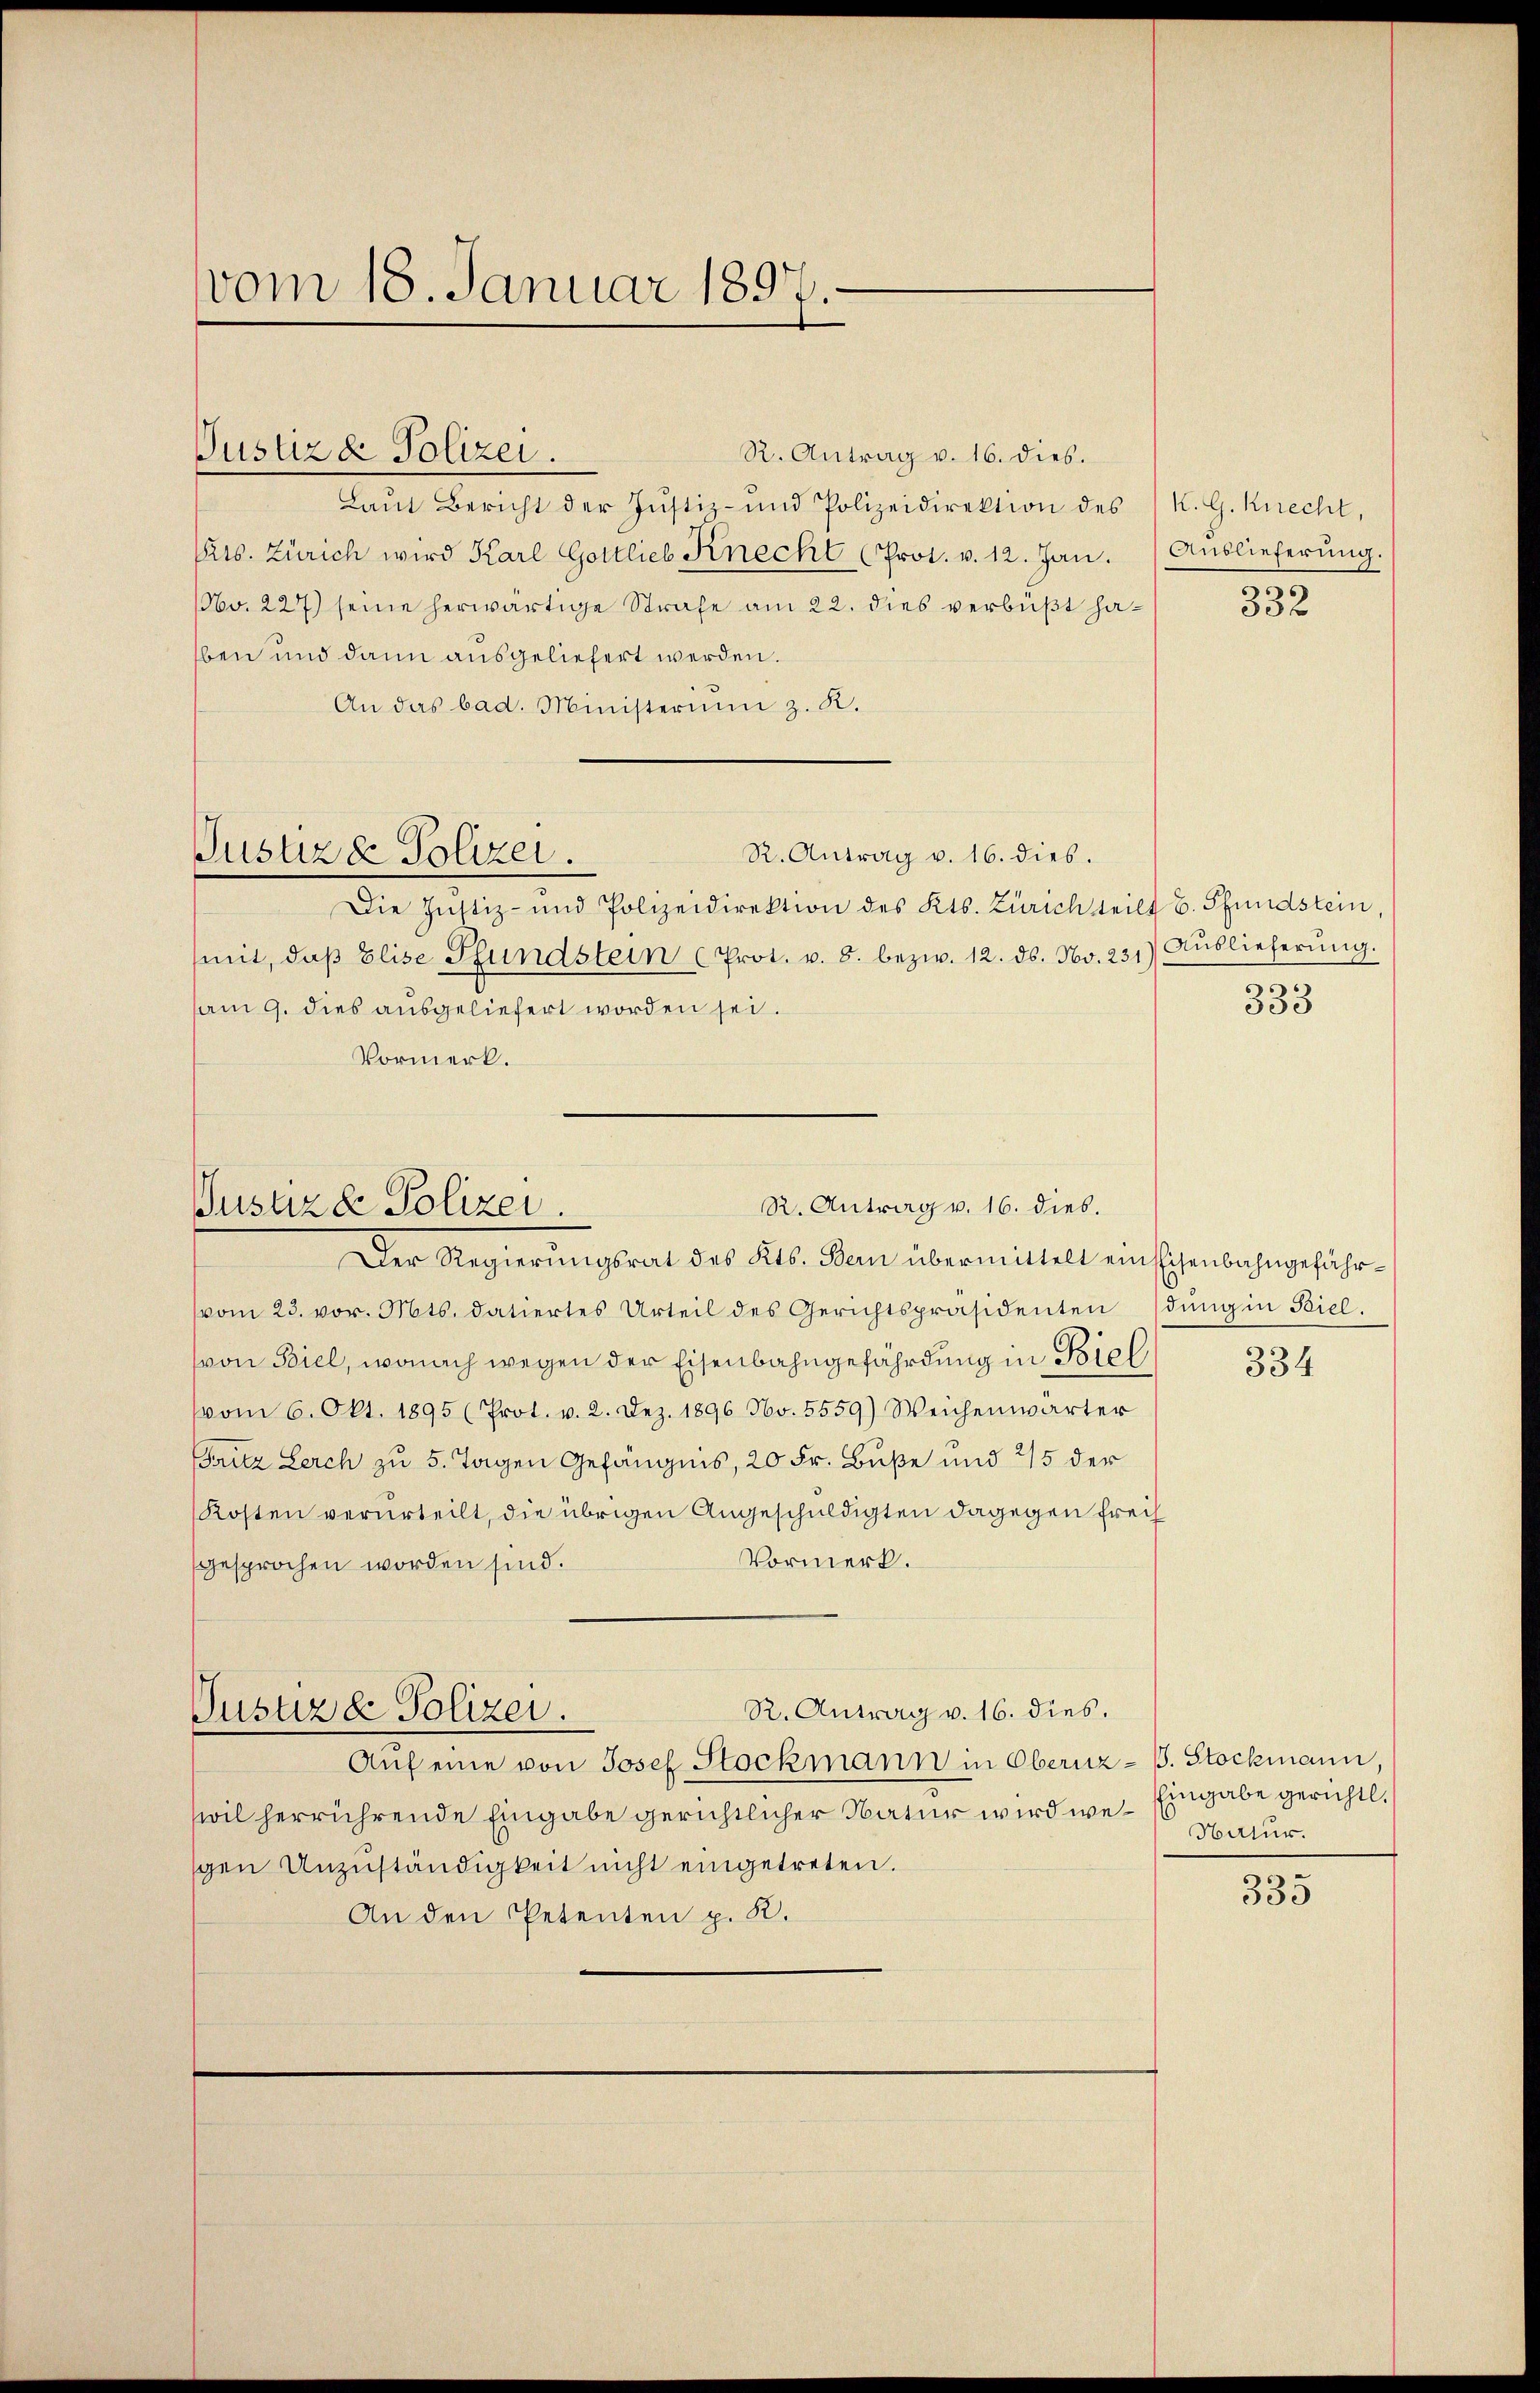
vom 18. Januar 1897.

R. Antrag v. 16. dies.
Laŭt Bericht der Justiz- und Polizeidirektion des K. G. Knecht,
Cts. Zürich wird Karl Gottlieb Knecht (Prot. v. 12. Jan. Auslieferŭng.
Nbv. 227) seine herwärtige Strafe am 22. dies verbüßt ha-
ben und dann ausgeliefert werden.
An das bad. Ministerium z. K.

Justiz & Polizei.

R. Antrag v. 16. dies.
Die Justiz- und Polizeidirektion des Kts. Zürichteilt u. Pfundstein,
mit, daβ Elise Pfundstein (Prot. v. 8. bezw. 12. ds. No. 231) Auslieferŭng.
am 9. dies ausgeliefert worden sei.
Vormerk.

Justizde Polizei.

R. Antrag v. 16. dies.
Justizd Polizei.
Der Regierungsrat des Kts. Den übermittelt ein Eisenbahngefähr¬

vom 23. vor. Mts. datiertes Urteil des Gerichtspräsidentendung in Biel.
von Biel, wonach wegen der Eisenbahngefährdung in Biel,
(vom 6. Okt. 1895 (Prot. v. 2. Dez. 1896 No. 5559) Weichenwärter
Fritz Lerch zu 5. Tagen Gefängnis, 20 Fr. Buße und 2/5 der
Kosten verurteilt, die übrigen Angeschuldigten dagegen Freih
Vormerk.
gesprochen worden sind.
R. Antrag v. 16. dies.
Justizd Polizei.
Aŭf eine von Josef Stockmann in Obernz- B. Stockmann,
wil herrührende Eingabe gerichtlicher Natur wird we-Eingabe gerichtl.
gen Unzuständigkeit nicht eingetreten.
An den Petenten p. R.

333

334

Hatur.

335